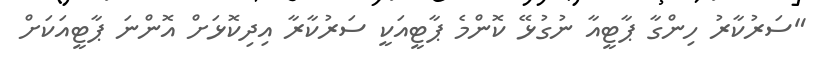
"ސަރުކާރު ހިންގާ ޕާޓީއާ ނުގުޅޭ ކޮންމެ ޕާޓީއަކީ ސަރުކާރާ އިދިކޮޅަށް އޮންނަ ޕާޓީއަކަށް